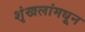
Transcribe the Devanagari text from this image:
शृंखलांमधून